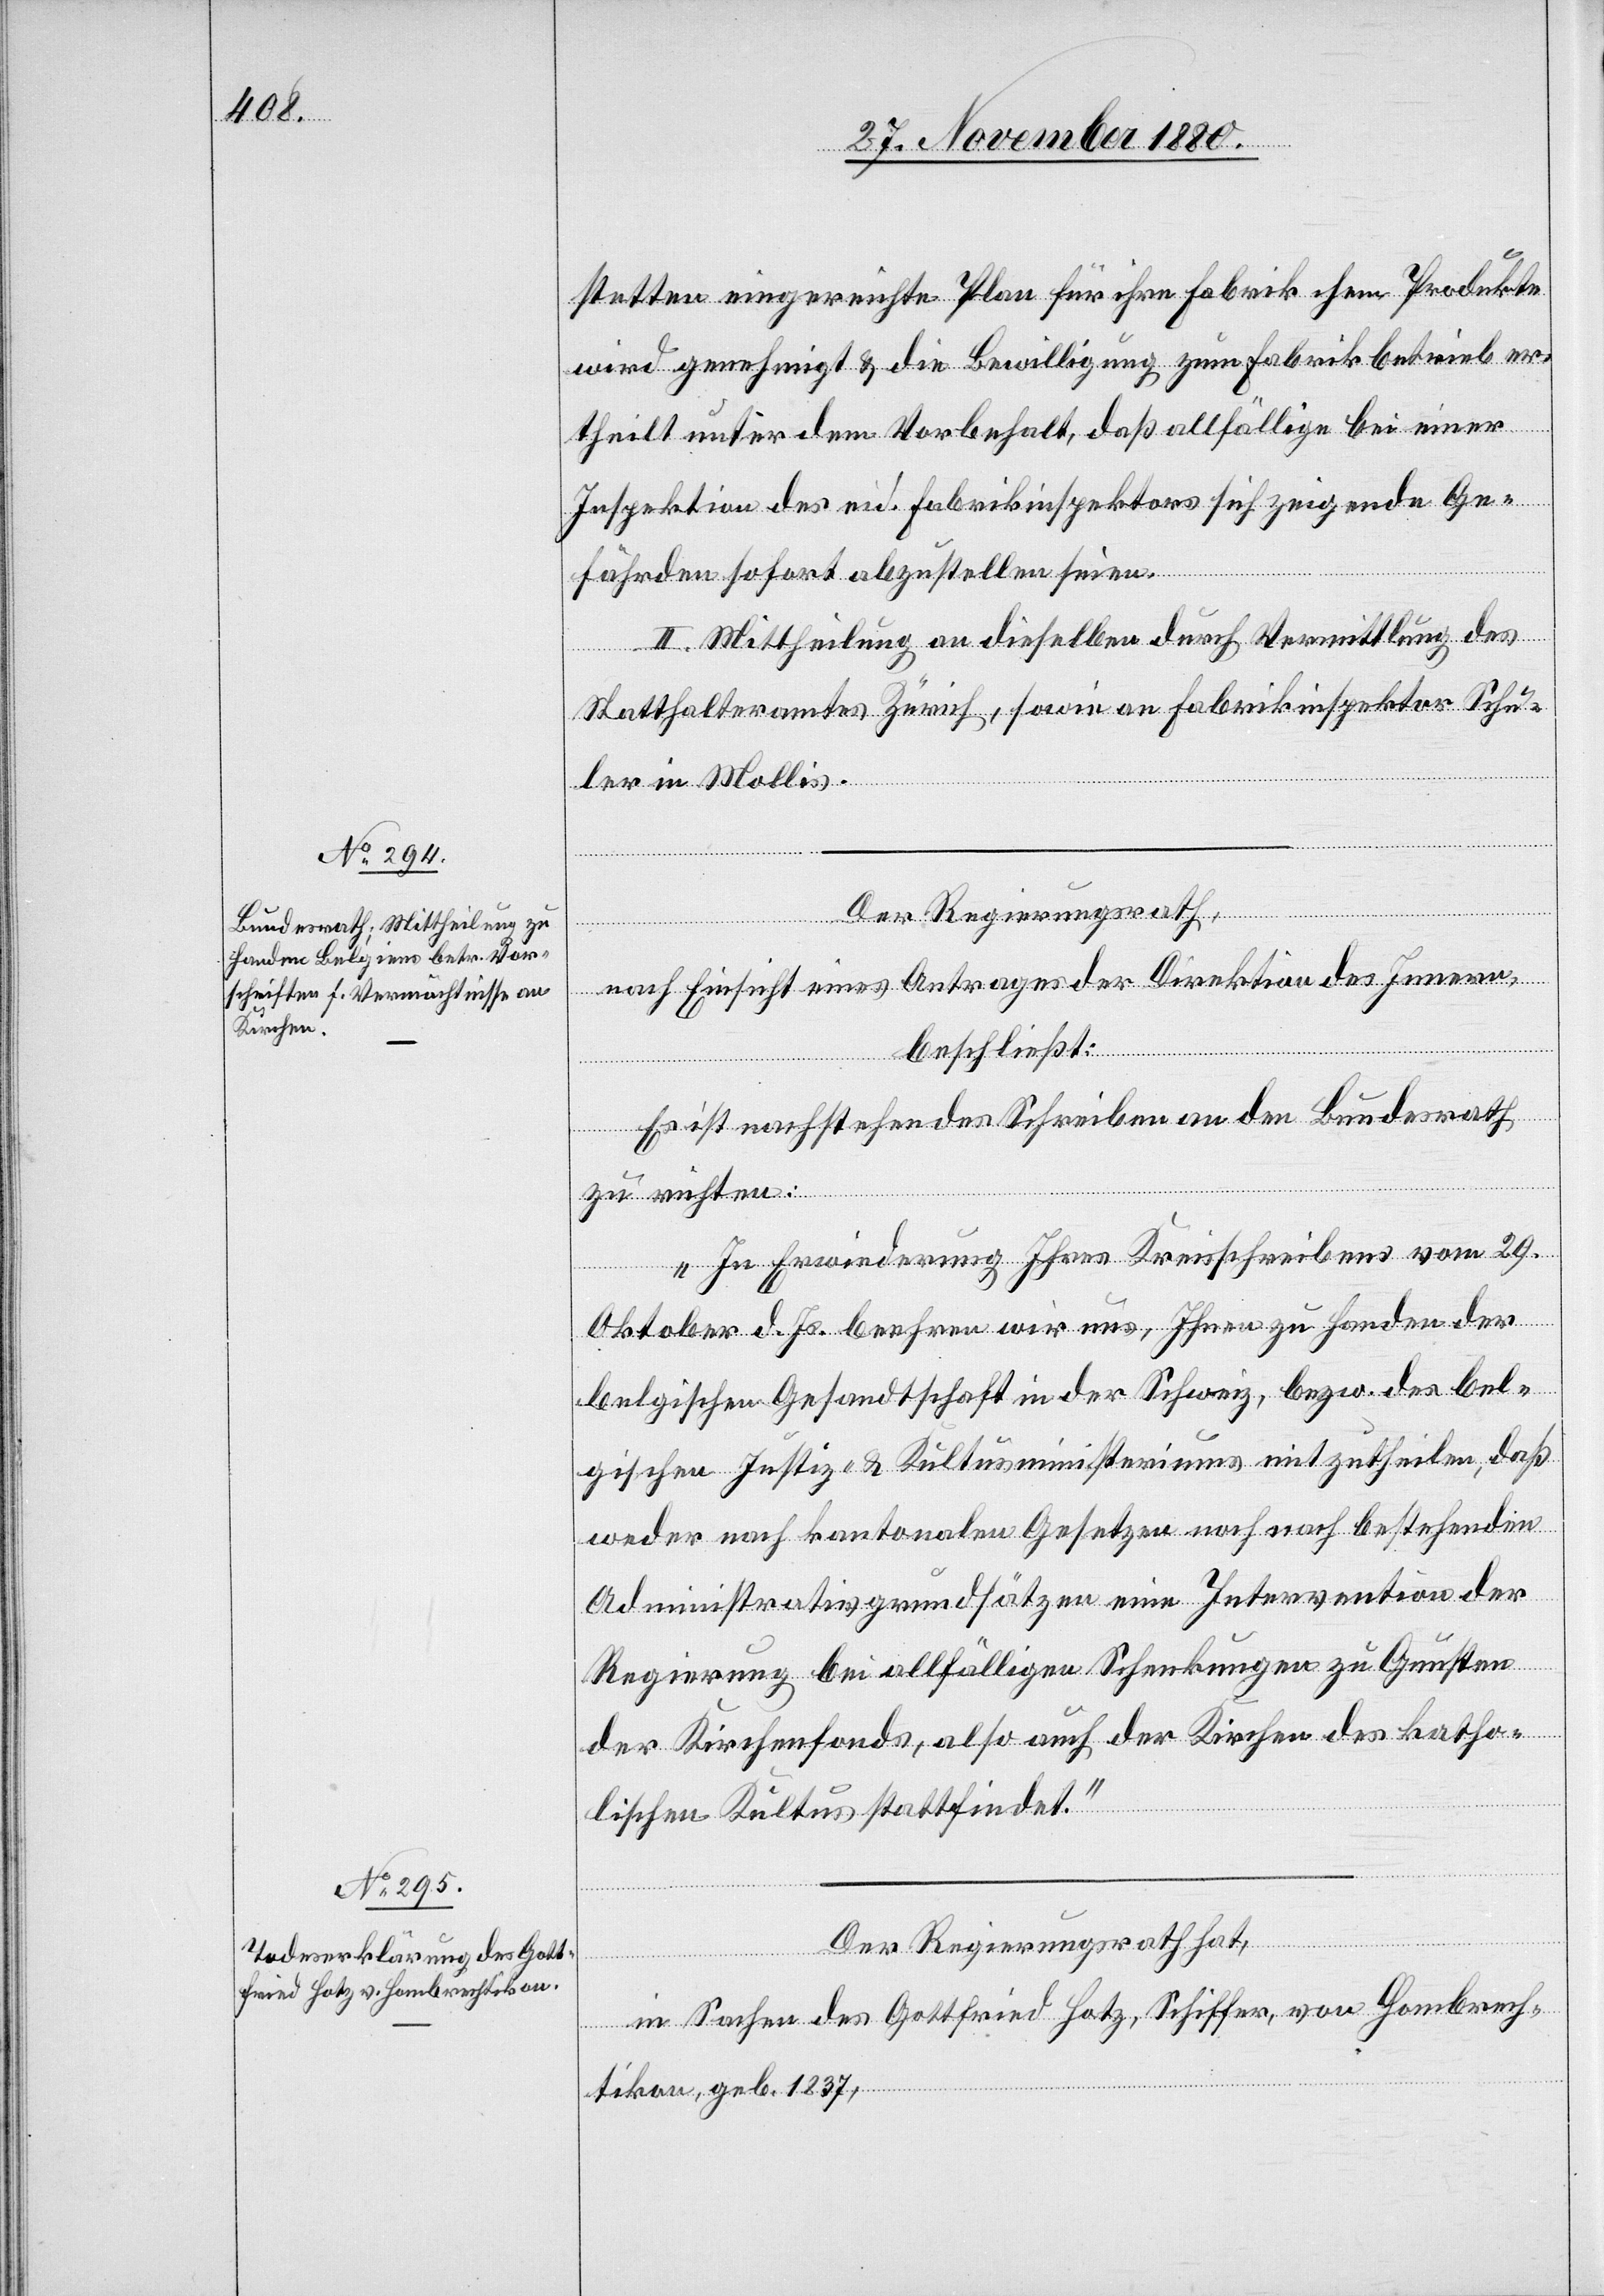
stetten eingereichte Plan für ihre Fabrik chem. Produkte
wird genehmigt & die Bewilligung zum Fabrikbetrieb er¬
theilt unter dem Vorbehalt, daß allfällige bei einer
Inspektion des eid. Fabrikinspektors sich zeigende Ge¬
fährden sofort abzustellen seien.
II. Mittheilung an dieselben durch Vermittlung des
Statthalteramtes Zürich, sowie an Fabrikinspektor Schu¬
ler in Mollis.
Der Regierungsrath,
nach Einsicht eines Antrages der Direktion des Innern,
beschließt:
Es ist nachstehendes Schreiben an den Bundesrath
zu richten:
„In Erwiderung Ihres Kreisschreibens vom 29.
Oktober d. Js. beehren wir uns, Ihnen zu Handen der
belgischen Gesandtschaft in der Schweiz, bezw. des bel¬
gischen Justiz- & Kulturministeriums mitzutheilen, daß
weder nach kantonalen Gesetzen noch nach bestehenden
Administrativgrundsätzen eine Intervention der
Regierung bei allfälligen Schenkungen zu Gunsten
der Kirchenfonds, also auch der Kirchen des katho¬
lischen Kultus stattfindet.“
Der Regierungsrath hat,
in Sachen des Gottfried Hotz, Schiffer, von Hombrech¬
tikon, geb. 1837,